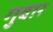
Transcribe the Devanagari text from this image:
गुवार